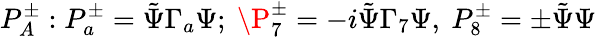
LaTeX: P_{A}^{\pm}:P_{a}^{\pm}=\tilde{\Psi}\Gamma_{a}\Psi;\ \P_{7}^{\pm}=-i\tilde{\Psi}\Gamma_{7}\Psi,\ P_{8}^{\pm}=\pm\tilde{\Psi}\Psi